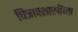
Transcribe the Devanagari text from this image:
चित्रावशास्त्रींच्या